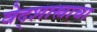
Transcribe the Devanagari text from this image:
वेद्शास्त्राचा